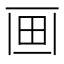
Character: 𤰱